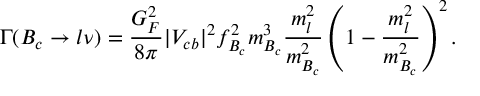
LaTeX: \Gamma ( B _ { c } \to l \nu ) = \frac { G _ { F } ^ { 2 } } { 8 \pi } | V _ { c b } | ^ { 2 } f _ { B _ { c } } ^ { 2 } m _ { B _ { c } } ^ { 3 } \frac { m _ { l } ^ { 2 } } { m _ { B _ { c } } ^ { 2 } } \left( 1 - \frac { m _ { l } ^ { 2 } } { m _ { B _ { c } } ^ { 2 } } \right) ^ { 2 } .